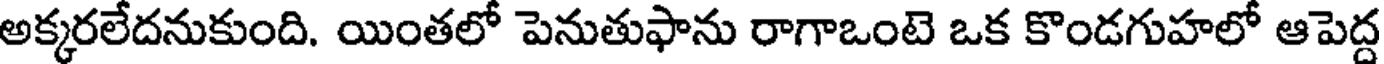
అక్కరలేదనుకుంది. యింతలో పెనుతుఫాను రాగాఒంటె ఒక కొండగుహలో ఆపెద్ద